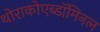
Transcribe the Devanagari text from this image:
थोराकोएब्डॉमिनल